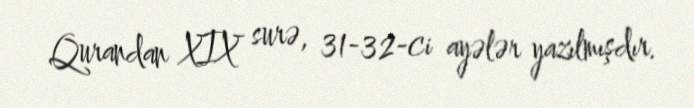
Qurandan XIX surə, 31-32-ci ayələr yazılmışdır.